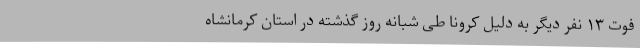
فوت ۱۳ نفر دیگر به دلیل کرونا طی شبانه روز گذشته در استان کرمانشاه